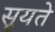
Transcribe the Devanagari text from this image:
सूयते